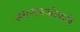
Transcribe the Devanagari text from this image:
स्थानानजीकचे